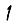
Digit: 1